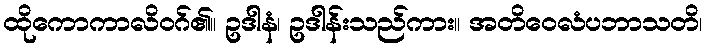
ထိုကောကာလိဝဂ်၏။ ဥဒါနံ၊ ဥဒါန်းသည်ကား။ အတိဝေလံပဘာသတိ၊